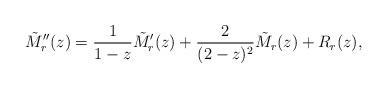
LaTeX: \begin{align*} \tilde{M}_{r}''(z) = \frac{1}{1-z} \tilde{M}_{r}'(z) + \frac{2}{(2-z)^{2}} \tilde{M}_{r}(z) + R_{r}(z),\end{align*}